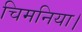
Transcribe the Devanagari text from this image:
चिमनिया।